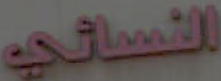
النسائي